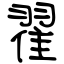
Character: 翟